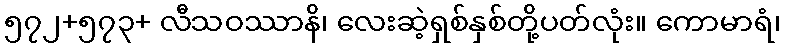
၅၇၂+၅၇၃+ လီသဝဿာနိ၊ လေးဆဲ့ရှစ်နှစ်တို့ပတ်လုံး။ ကောမာရံ၊